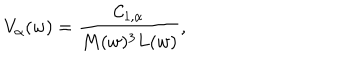
LaTeX: V _ { \alpha } ( w ) = \frac { { \cal C } _ { 1 , \alpha } } { M ( w ) ^ { 3 } L ( w ) } ,